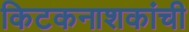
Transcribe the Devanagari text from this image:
किटकनाशकांची